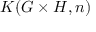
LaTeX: K ( G \times H , n )